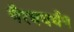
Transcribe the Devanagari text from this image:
गैरवबर्धन